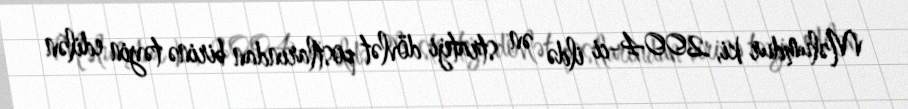
Məlumdur ki, 2004-ci ildə ən strateji dövlət postlarından birinə təyin edilən